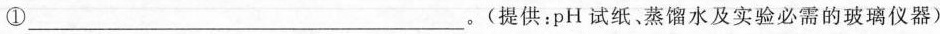
①___。(提供：pH试纸、蒸馏水及实验必需的玻璃仪器)